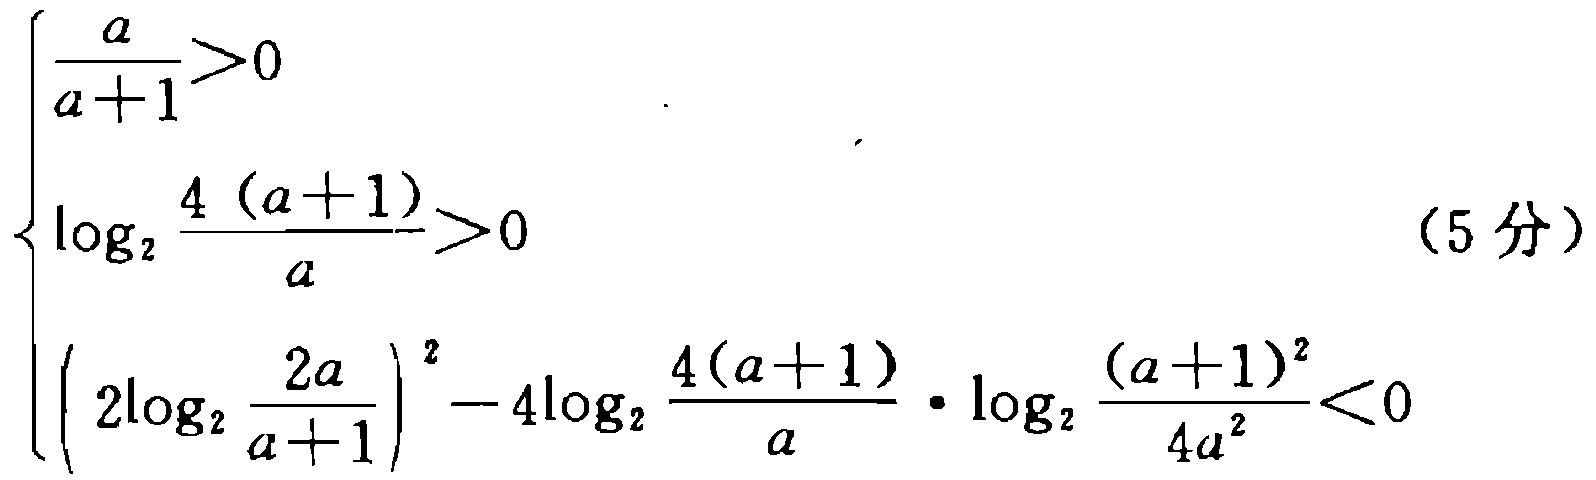
\[
\begin{cases}
\frac{a}{a + 1}>0 \\
\log_{2}\frac{4(a + 1)}{a}>0 \\
\left(2\log_{2}\frac{2a}{a + 1}\right)^{2}-4\log_{2}\frac{4(a + 1)}{a}\cdot\log_{2}\frac{(a + 1)^{2}}{4a^{2}}<0
\end{cases}
\]